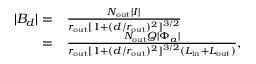
\begin{array} { r l } { | B _ { d } | = } & { \frac { N _ { \mathrm { o u t } } | I | } { r _ { \mathrm { o u t } } [ 1 + ( d / r _ { \mathrm { o u t } } ) ^ { 2 } ] ^ { 3 / 2 } } } \\ { = } & { \frac { N _ { \mathrm { o u t } } Q | \Phi _ { a } | } { r _ { \mathrm { o u t } } [ 1 + ( d / r _ { \mathrm { o u t } } ) ^ { 2 } ] ^ { 3 / 2 } ( L _ { \mathrm { i n } } + L _ { \mathrm { o u t } } ) } , } \end{array}